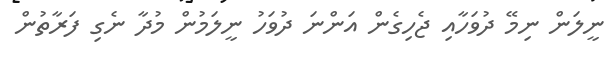
ނީލަން ނިމޭ ދުވަހާއި ޖެހިގެން އަންނަ ދުވަހު ނީލަމުން މުދާ ނެގި ފަރާތުން